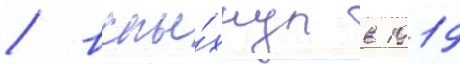
/ вспы́хнул в 1919